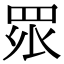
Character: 𭾪